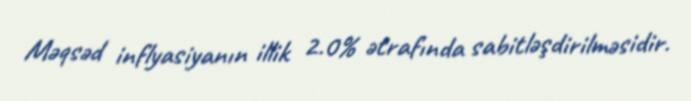
Məqsəd inflyasiyanın illik 2.0% ətrafında sabitləşdirilməsidir.